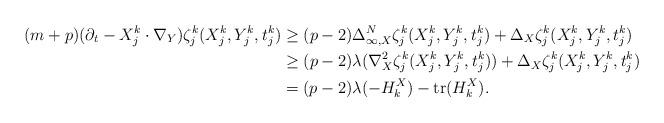
LaTeX: \begin{align*} (m+p)(\partial_t - X^k_j\cdot \nabla_Y)\zeta^k_j(X^k_j,Y^k_j,t^k_j) &\geq (p-2)\Delta^N_{\infty,X} \zeta^k_j(X^k_j,Y^k_j,t^k_j) + \Delta_X \zeta^k_j(X^k_j,Y^k_j,t^k_j) \\ &\geq (p-2) \lambda( \nabla^2_X \zeta^k_j(X^k_j,Y^k_j,t^k_j) ) + \Delta_X \zeta^k_j (X^k_j,Y^k_j,t^k_j) \\ &= (p-2)\lambda (-H_k^X) - \textrm{tr}(H_k^X).\end{align*}